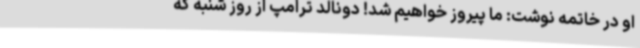
او در خاتمه نوشت: ما پیروز خواهیم شد! دونالد ترامپ از روز شنبه که